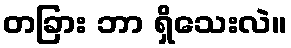
တခြား ဘာ ရှိသေးလဲ။